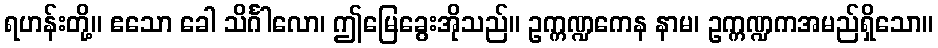
ရဟန်းတို့။ ဧသော ခေါ သိင်္ဂါလော၊ ဤမြေခွေးအိုသည်။ ဥက္ကဏ္ဍကေန နာမ၊ ဥက္ကဏ္ဍကအမည်ရှိသော။